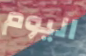
اليوم